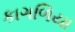
કાગળિયા